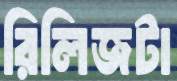
রিলিজটা